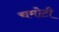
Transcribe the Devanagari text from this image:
चमोटी